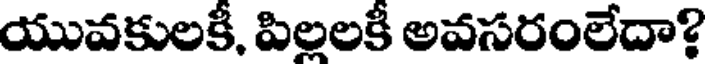
యువకులకీ, పిల్లలకీ అవసరంలేదా?